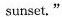
sunset."